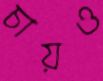
চায়ও